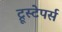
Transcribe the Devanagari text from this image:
ट्रूस्टेपर्स